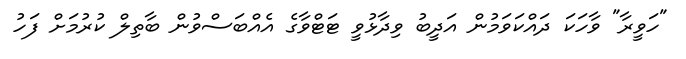
"ހަވީރާ" ވާހަކަ ދައްކަވަމުން އަދީބު ވިދާޅުވީ ޓަޓްވާގެ އެއްބަސްވުން ބާތިލް ކުރުމަށް ފަހު